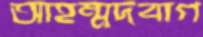
আহম্মদবাগ